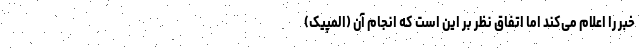
خبر را اعلام می‌کند اما اتفاق نظر بر این است که انجام آن (المپیک)